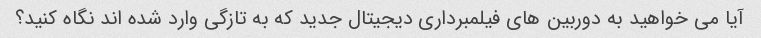
آیا می خواهید به دوربین های فیلمبرداری دیجیتال جدید که به تازگی وارد شده اند نگاه کنید؟